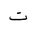
Letter: _ta